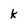
Character: k